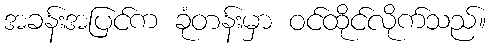
အခန်းအပြင်က ခုံတန်းမှာ ဝင်ထိုင်လိုက်သည်။